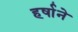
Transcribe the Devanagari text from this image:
हर्षाने